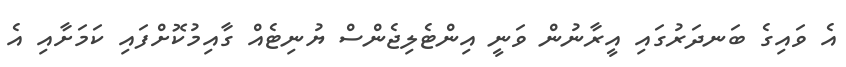
އެ ވައިގެ ބަނދަރުގައި އީރާނުން ވަނީ އިންޓެލިޖެންސް ޔުނިޓެއް ގާއިމުކޮށްފައި ކަމަށާއި އެ